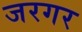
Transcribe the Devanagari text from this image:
जरगर